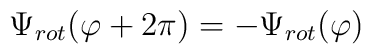
\Psi_{rot}(\varphi +2\pi )=-\Psi_{rot} (\varphi )